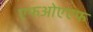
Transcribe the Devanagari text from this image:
एफओएएफ